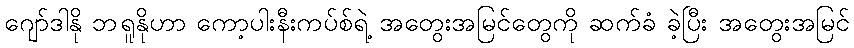
ဂျော်ဒါနို ဘရူနိုဟာ ကော့ပါးနီးကပ်စ်ရဲ့ အတွေးအမြင်တွေကို ဆက်ခံ ခဲ့ပြီး အတွေးအမြင်